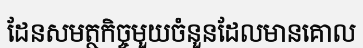
ដែនសមត្ថកិច្ចមួយចំនួនដែលមានគោល